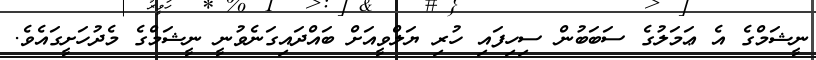
ނީޝަމްގެ އެ ޢަމަލުގެ ސަބަބުން ސިހިފައި ހުރި ޔަލްވީއަށް ބައްދައިގަނެވުނީ ނީޝަމްގެ މެދުހަށީގައެވެ.